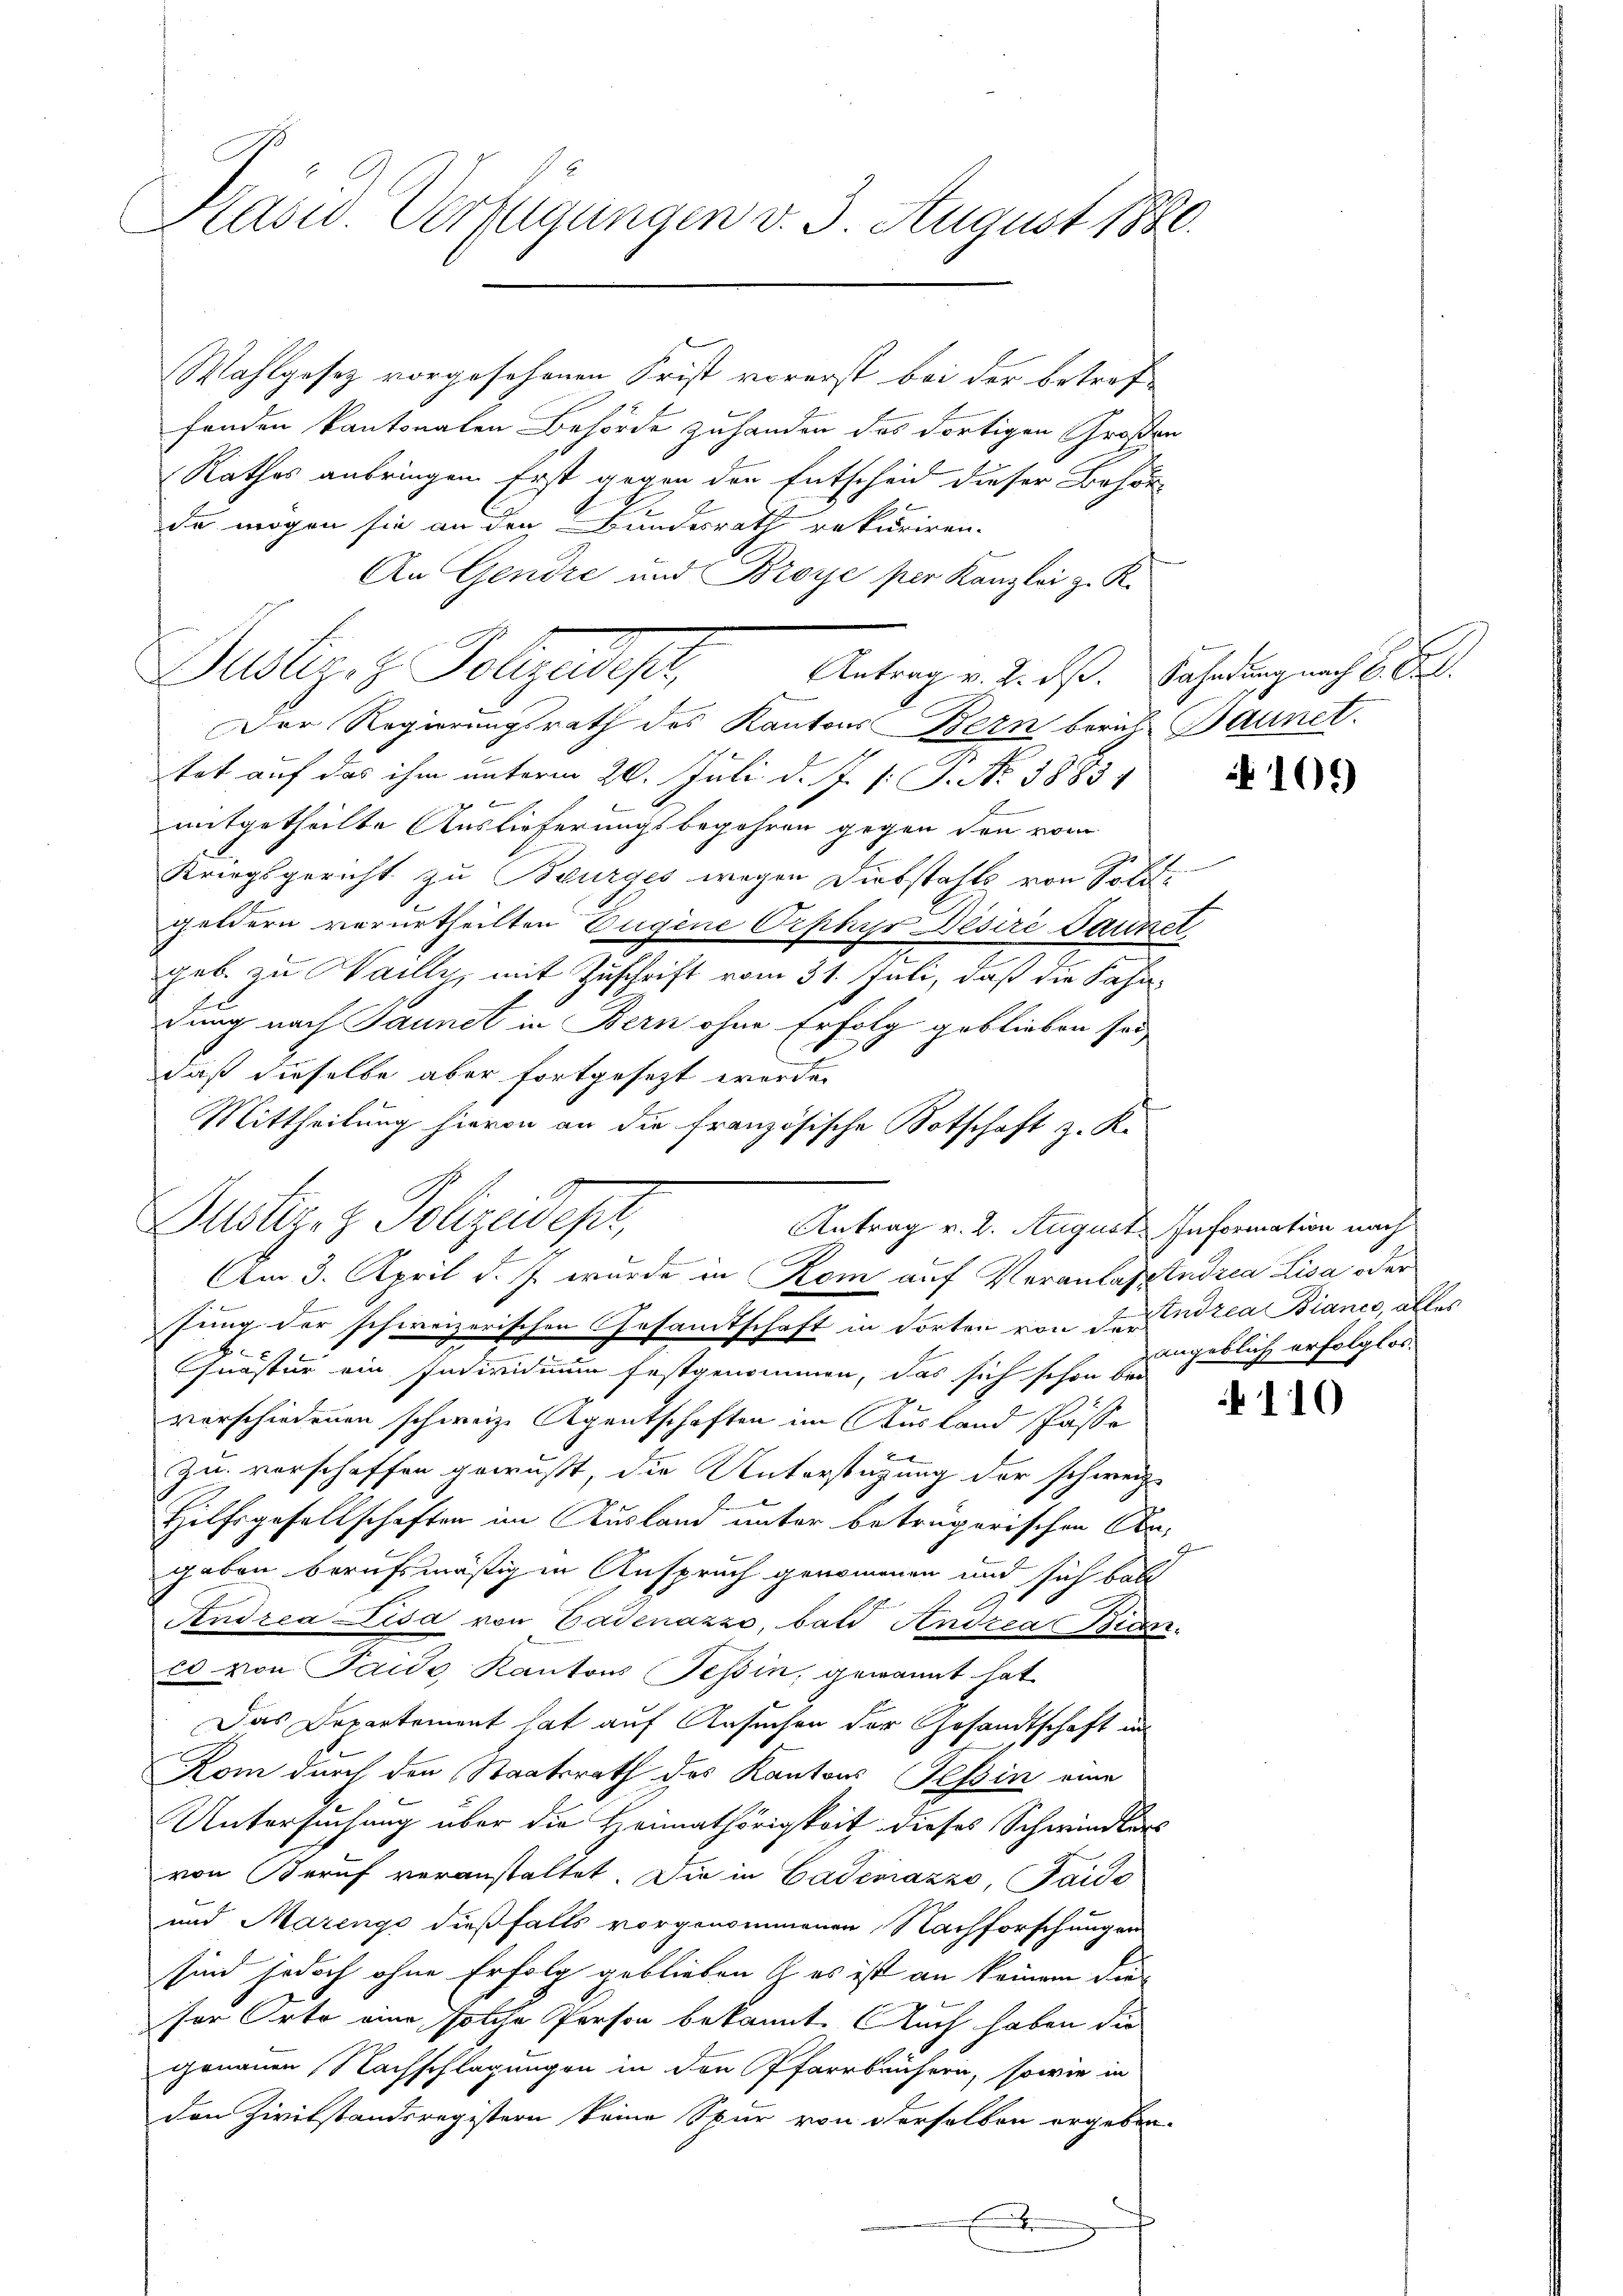
Präsid. Verfügungen v. 3. August 1880.

Wahlgesetz vorgesehenen Frist vorerst bei der betreffenden kantonalen Behörde zuhanden das dortigen Großen
Rathes anbringen. Erst gegen der Entscheid dieser Behör
de mögen sie an den Bundesrath rekuriren.
An Gendre und Broye per Kanzlei z. R.
Justiz- & Polizadopt
Antrag v. 2. dß. Fahndung nach C. Art.
Der Regierungsrath des Kantons Bern berich Baunet.
tet auf das ihm unterm 26. Juli d. J. J. J. No. 1883

e
E
mitgetheilte Auslieferungsbegehren gegen den vom
Kriegsgericht zu Burges wegen Diebstahls von Soldgeldern verurtheilten Eugene Orphys Besire Gauner
geb. zu Wailly, mit Zuschrift vom 31. Juli, daß die Fahnzung nach Jaunet in Bern ohne Erfolg geblieben sei
daß dieselbe aber fortgesezt werde.
Mittheilung hievon an die französische Botschaft z. K.
Justiz- & Polizeides,
Antrag v. 2. August. Information nach
Am 3. April d. J. wurde in Rom auf Veranlasstadria Lisa oder
sung der schweizerischen Gesandtschaft in dorten von der rea Biance, alles
h
Quästur ein Individuum festgenommen, das sich schon bei
g
vorschiedenen schweiz. Agentschaften im Ausland Pässe
zu verschaffen gewußt, die Unterstüzung der schweiz.
Hilfsgesellschaften im Ausland unter beträgerischen Angeben berufsmäßigen Anspruch genommen und sich bald
Andrea Lisa von Cadenazzo, bald Andrea Bran
cs von Taide, Kantons Tessin, gewannt hat
Das Departement hat auf Ansuchen der Gesandtschaft in
Kom durch den Staatsrath des Kantons Tessin eine
Untersuchung über die Heimathörigkeit dieses Schwindlers
von Beruf veranstaltet. Die in Badenazzo, Faido
und Marings dießfalls vorgenommenen Nachforschungen
sind jedoch ohne Erfolg geblieben es ist an keinem die
ser Orte eine solche Person bekannt. Auch haben die
genauen Nachschlagungen in den Pfarrbrüchern, sowie in
den Zivilstandsregistern keine Spur von derselben ergeben.
x

ze be

105)

angeblich erfolgt os.

110